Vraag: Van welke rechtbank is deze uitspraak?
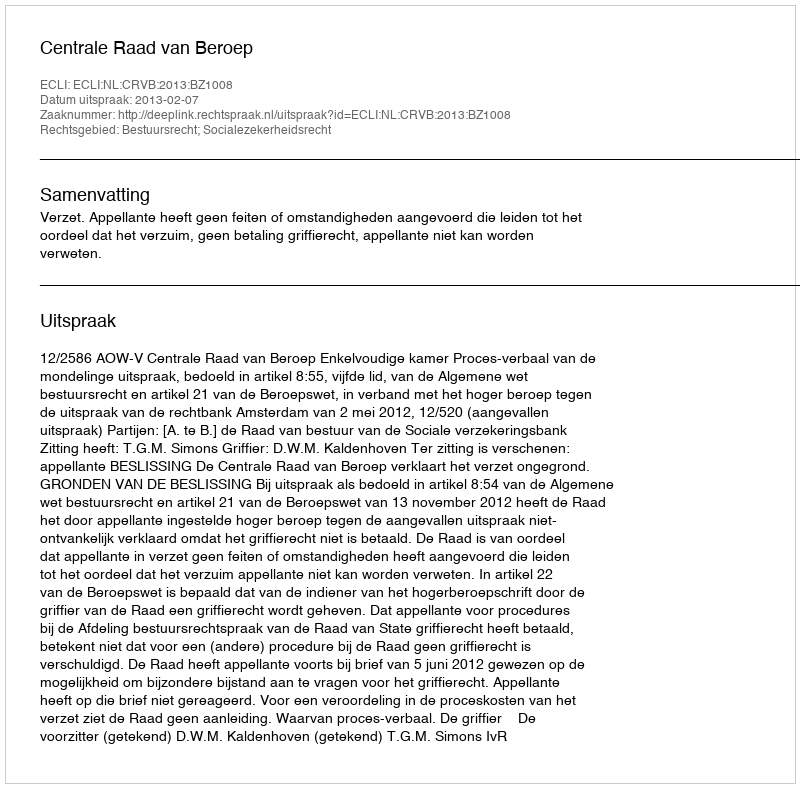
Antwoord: Centrale Raad van Beroep